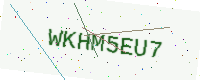
Text: WKHM5EU7